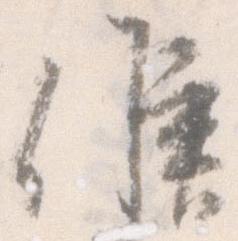
候